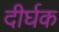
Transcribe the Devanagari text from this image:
दीर्घक